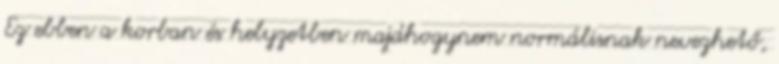
Ez ebben a korban és helyzetben majdhogynem normálisnak nevezhető,